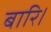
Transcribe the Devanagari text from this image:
बारि।